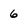
Character: 6